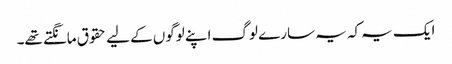
ایک یہ کہ یہ سارے لوگ اپنے لوگوں کے لیے حقوق مانگتے تھے۔